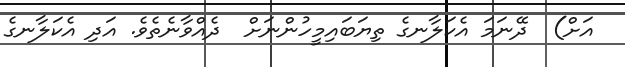
އަށް)  ދޭނަމަ އެކަލާނގެ ތިޔަބައިމީހުންނަށް  ދެއްވާނެތެވެ. އަދި އެކަލާނގެ